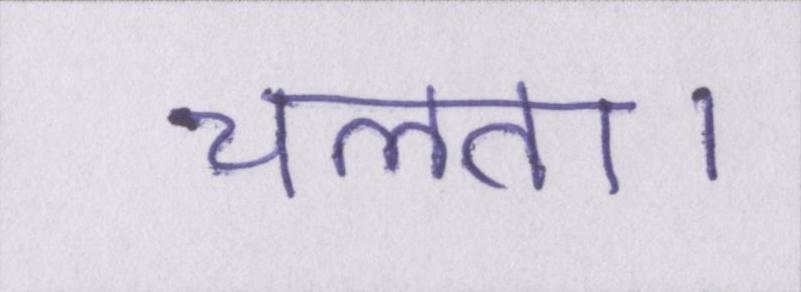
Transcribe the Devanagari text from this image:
चलता।